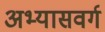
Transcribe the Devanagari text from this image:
अभ्यासवर्ग